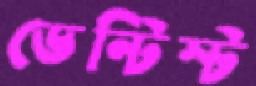
ডেন্টিস্ট